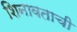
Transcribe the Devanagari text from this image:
शिनावताची